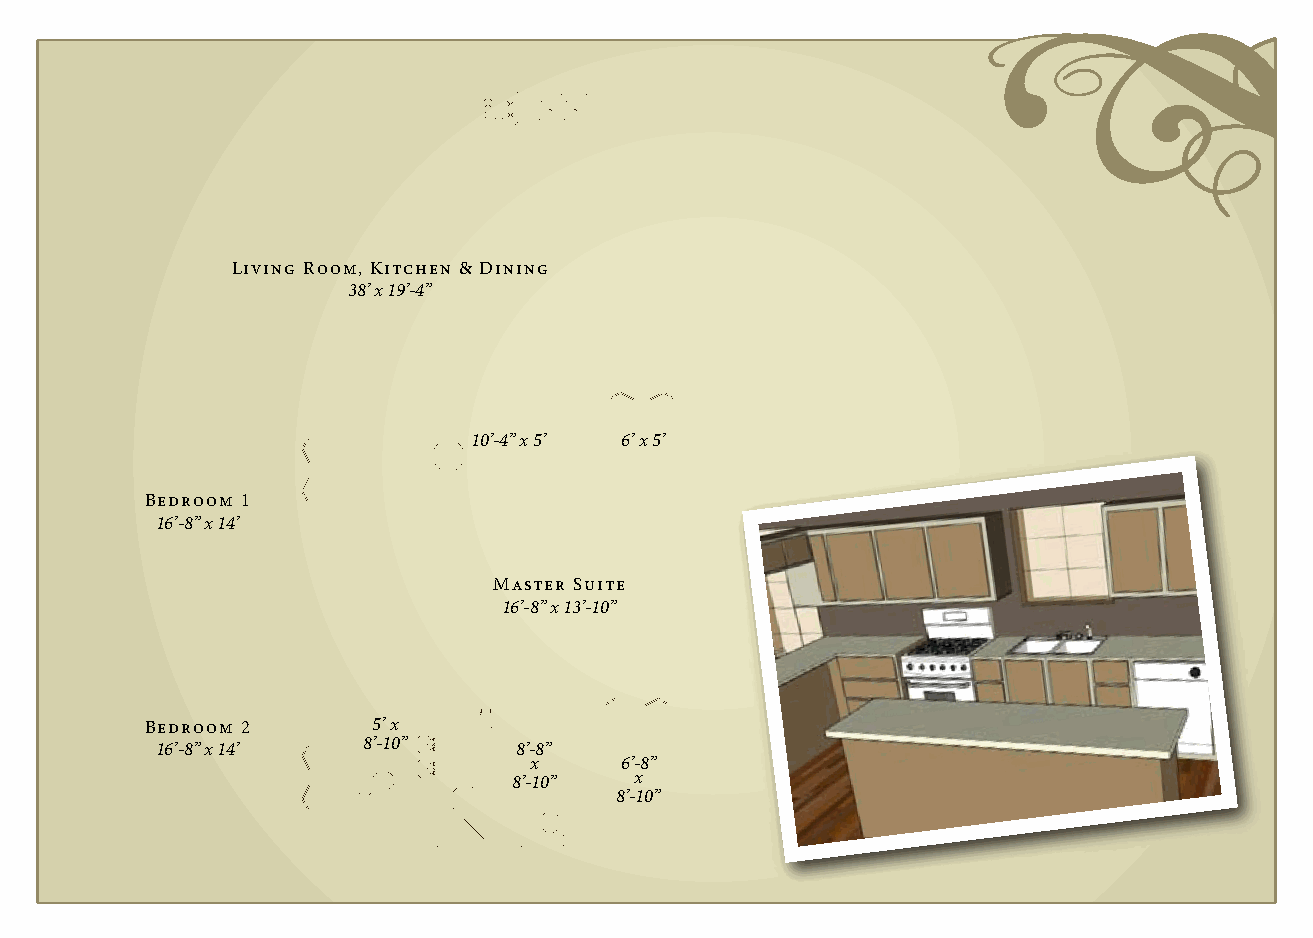
Living Room, Kitchen & Dining
 38’ x 19’-4”
 10’-4” x 5’ 6’ x 5’
 Bedroom 1
 16’-8” x 14’
 Master Suite
 16’-8” x 13’-10”
 Bedroom 2      5’ x
 16’-8” x 14’  8’-10”    8’-8”
 x     6’-8”
 8’-10”  x
 8’-10”